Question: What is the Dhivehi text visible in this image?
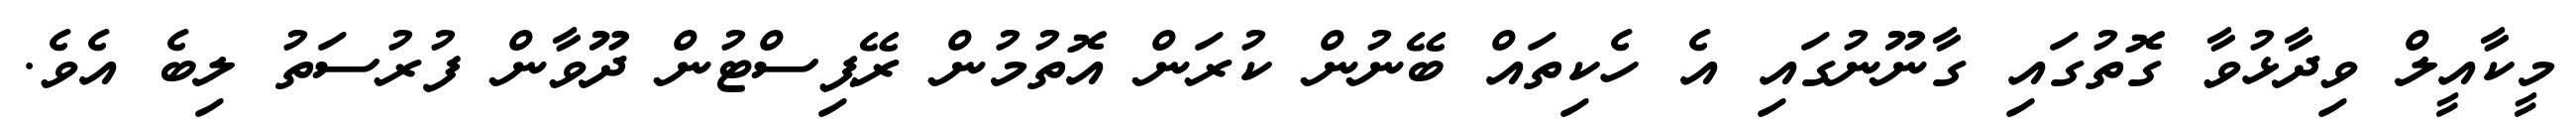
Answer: މީކާއީލް ވިދާޅުވާ ގޮތުގައި ގާނޫނުގައި އެ ހެކިތައް ބޭނުން ކުރަން އޮތުމުން ރޭޕިސްޓުން ދޫވާން ފުރުސަތު ލިބެ އެވެ.